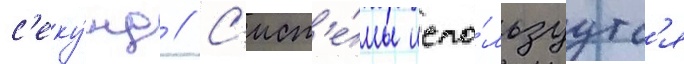
с'еку́нд // С'ист'е́мы испо́льзуутс'я